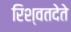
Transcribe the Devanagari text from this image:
रिश्वतदेते